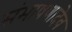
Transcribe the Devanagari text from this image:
संभाषणादेव